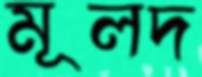
মূলদ